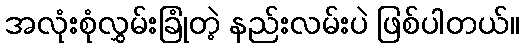
အလုံးစုံလွှမ်းခြုံတဲ့ နည်းလမ်းပဲ ဖြစ်ပါတယ်။